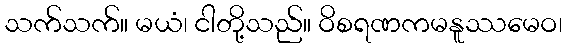
သက်သက်။ မယံ၊ ငါတို့သည်။ ဝိစရဏကမနူဿမေဝ၊